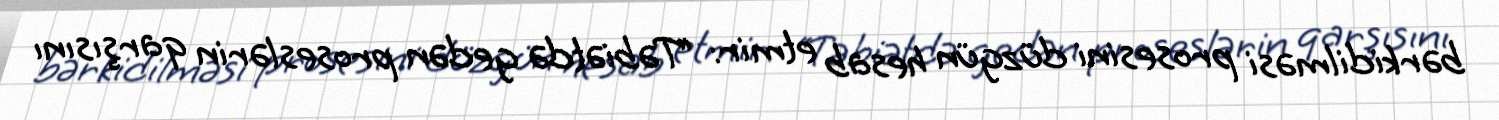
bərkidilməsi prosesini düzgün hesab etmir: “Təbiətdə gedən proseslərin qarşısını